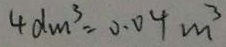
4 d m ^ { 3 } = 0 . 0 4 m ^ { 3 }